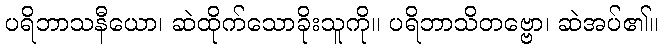
ပရိဘာသနီယော၊ ဆဲထိုက်သောခိုးသူကို။ ပရိဘာသိတဗ္ဗော၊ ဆဲအပ်၏။